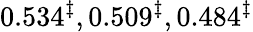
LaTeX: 0.534^{\ddagger},0.509^{\ddagger},0.484^{\ddagger}